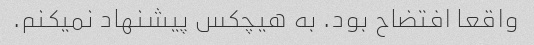
واقعا افتضاح بود. به هیچکس پیشنهاد نمیکنم.